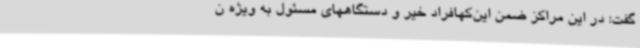
گفت: در این مراکز ضمن این‌کهافراد خیر و دستگاههای مسئول به ویژه ن